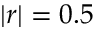
\left| \boldsymbol { r } \right| = 0 . 5